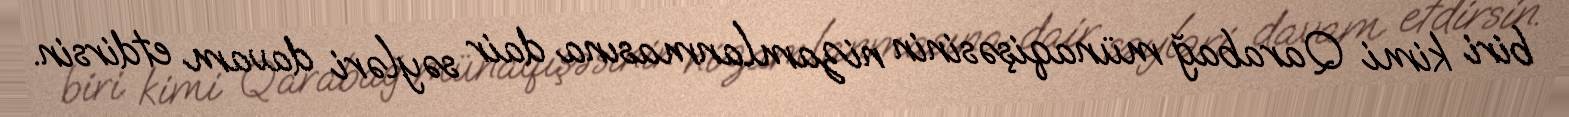
biri kimi Qarabağ münaqişəsinin nizamlanmasına dair səyləri davam etdirsin.